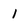
Character: i